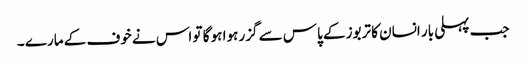
جب پہلی بار انسان کا تربوز کے پاس سے گزر ہوا ہو گا تو اس نے خوف کے مارے ۔